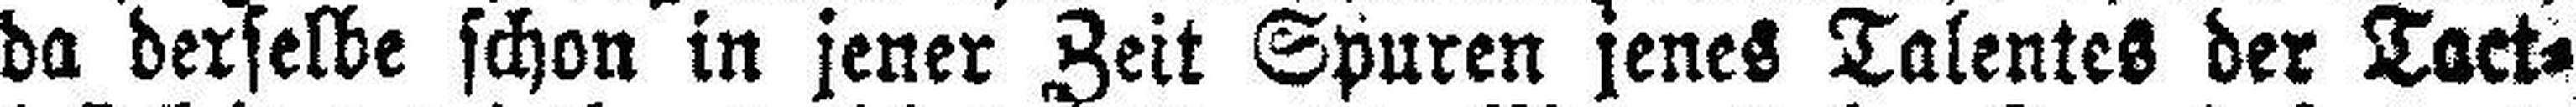
da derselbe schon in jener Zeit Spuren jenes Talentes der Tact¬